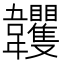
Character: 𩏺